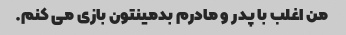
من اغلب با پدر و مادرم بدمینتون بازی می کنم.